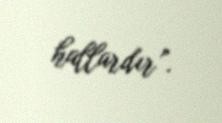
hallardır”.